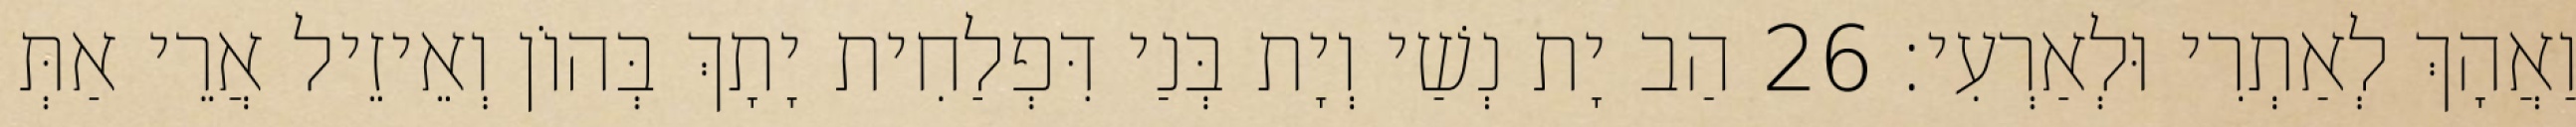
וַאֲהָךְ לְאַתְרִי וּלְאַרְעִי׃ 26 הַב יָת נְשַׁי וְיָת בְּנַי דִּפְלַחִית יָתָךְ בְּהוֹן וְאֵיזֵיל אֲרֵי אַתְּ